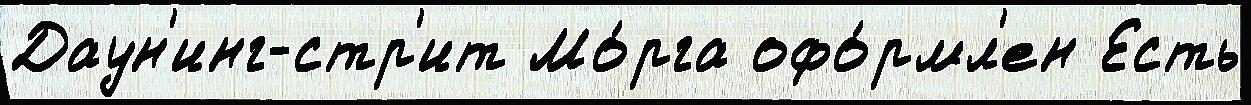
Даун'инг-стр'ит Мо́рга офо́рмл'ен Есть